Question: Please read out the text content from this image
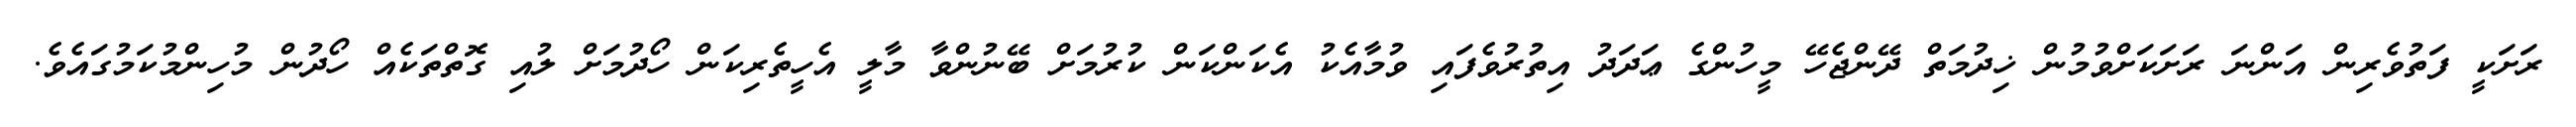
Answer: ރަށަކީ ފަތުވެރިން އަންނަ ރަށަކަށްވުމުން ޚިދުމަތް ދޭންޖެހޭ މީހުންގެ ޢަދަދު އިތުރުވެފައި ވުމާއެކު އެކަންކަން ކުރުމަށް ބޭނުންވާ މާލީ އެހީތެރިކަން ހޯދުމަށް ލުއި ގޮތްތަކެއް ހޯދުން މުހިންމުކަމުގައެވެ.